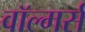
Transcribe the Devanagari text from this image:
वॉल्मर्स